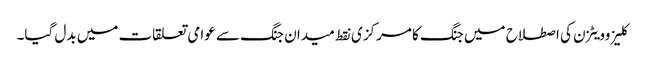
کلیزوویٹزن کی اصطلاح میں جنگ کا مرکزی نقط میدان جنگ سے عوامی تعلقات میں بدل گیا۔